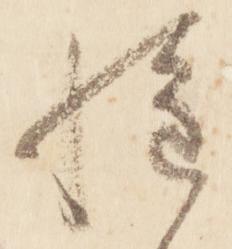
惶